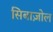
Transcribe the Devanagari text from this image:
सिबाज़ोल